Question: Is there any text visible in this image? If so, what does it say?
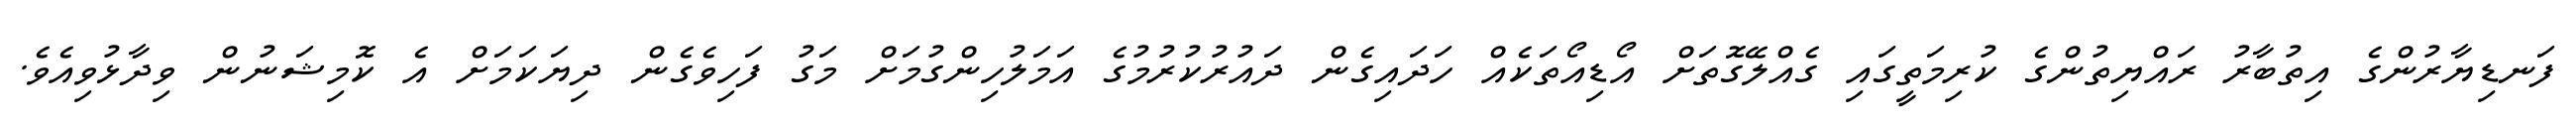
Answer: ފަނޑިޔާރުންގެ އިތުބާރު ރައްޔިތުންގެ ކުރިމަތީގައި ގެއްލޭގޮތަށް އޯޑިއޯތަކެއް ހަދައިގެން ދައުރުކުރުމުގެ އަމަލުހިންގުމަށް މަގު ފަހިވެގެން ދިޔަކަމަށް އެ ކޮމިޝަނުން ވިދާޅުވިއެވެ.